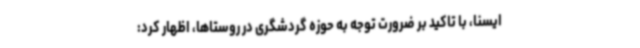
ایسنا، با تاکید بر ضرورت توجه به حوزه گردشگری در روستاها، اظهار کرد: